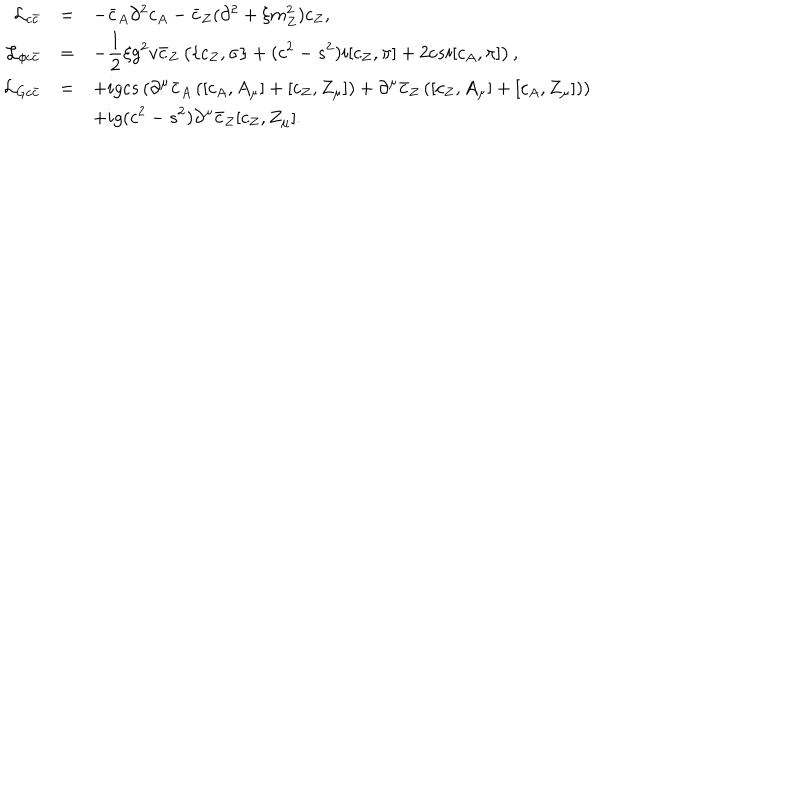
\begin{array} { r c l } { { { \cal L } _ { c \bar { c } } } } & { { = } } & { { - \bar { c } _ { A } \partial ^ { 2 } c _ { A } - \bar { c } _ { Z } ( \partial ^ { 2 } + \xi m _ { Z } ^ { 2 } ) c _ { Z } , } } \\ { { { \cal L } _ { \phi c \bar { c } } } } & { { = } } & { { \displaystyle - \frac { 1 } { 2 } \xi g ^ { 2 } v \bar { c } _ { Z } \left( \{ c _ { Z } , \sigma \} + ( c ^ { 2 } - s ^ { 2 } ) i [ c _ { Z } , \pi ] + 2 c s i [ c _ { A } , \pi ] \right) , } } \\ { { { \cal L } _ { G c \bar { c } } } } & { { = } } & { { \displaystyle + i g c s \left( \partial ^ { \mu } \bar { c } _ { A } \left( [ c _ { A } , A _ { \mu } ] + [ c _ { Z } , Z _ { \mu } ] \right) + \partial ^ { \mu } \bar { c } _ { Z } \left( [ c _ { Z } , A _ { \mu } ] + [ c _ { A } , Z _ { \mu } ] \right) \right) } } \\ { { } } & { { } } & { { \displaystyle + i g ( c ^ { 2 } - s ^ { 2 } ) \partial ^ { \mu } \bar { c } _ { Z } [ c _ { Z } , Z _ { \mu } ] . } } \\ \end{array}